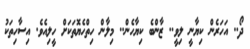
ދޯ.. އަހަރެން ކިޔާނީ ލިވީ.. ޒާންބެ ކިޔާހެން.. މިލާން ހިތްހެޔޮތަކަށް ހީލިއެވެ. އިސާހިތަކު